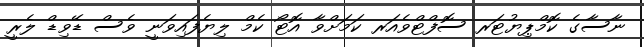
ނާސާގެ ކޮމްޕިޔުޓަރ ސޮފްޓްވެއަރ ކަމަށްވާ އޮޓޯ ކެމް ލިޔެފައިވަނީ ވެސް ޑޭވިޑް ލެރީ